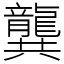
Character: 龔